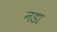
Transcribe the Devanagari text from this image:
नडा